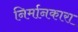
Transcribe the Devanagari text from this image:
निर्मानकारा